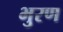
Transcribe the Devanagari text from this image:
भुरण